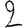
Digit: 2